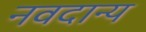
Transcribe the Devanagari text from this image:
नवदान्य